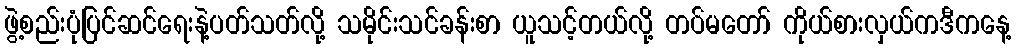
ဖွဲ့စည်းပုံပြင်ဆင်ရေးနဲ့ပတ်သတ်လို့ သမိုင်းသင်ခန်းစာ ယူသင့်တယ်လို့ တပ်မတော် ကိုယ်စားလှယ်ကဒီကနေ့